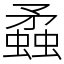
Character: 蟊